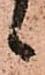
候